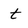
Character: t